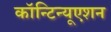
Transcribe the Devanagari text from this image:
कॉन्‍टिन्‍यूएशन